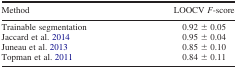
<table><thead><tr><td><b>Method</b></td><td><b>LOOCV <i>F</i>-score</b></td></tr></thead><tbody><tr><td>Trainable segmentation</td><td>0.92 ± 0.05</td></tr><tr><td>Jaccard et al. 2014</td><td>0.95 ± 0.04</td></tr><tr><td>Juneau et al. 2013</td><td>0.85 ± 0.10</td></tr><tr><td>Topman et al. 2011</td><td>0.84 ± 0.11</td></tr></tbody></table>